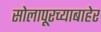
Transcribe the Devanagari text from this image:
सोलापूरच्याबाहेर